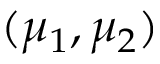
( \mu _ { 1 } , \mu _ { 2 } )